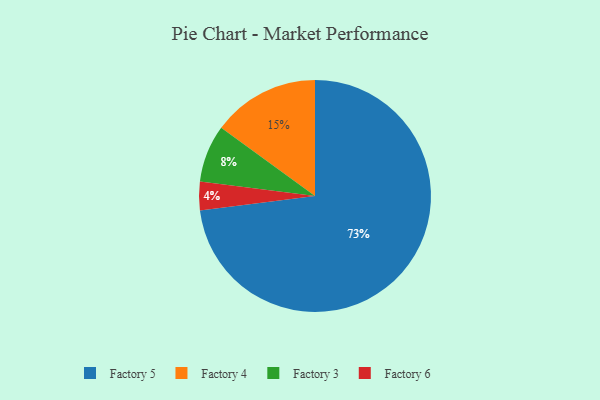
{"axis": {"x": "Category", "y": "Percentage"}, "legend": ["Factory 3", "Factory 4", "Factory 5", "Factory 6"], "data": [{"x": "Factory 5", "y": 73, "type": "Factory 5"}, {"x": "Factory 4", "y": 15, "type": "Factory 4"}, {"x": "Factory 6", "y": 4, "type": "Factory 6"}, {"x": "Factory 3", "y": 8, "type": "Factory 3"}]}